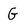
Character: G